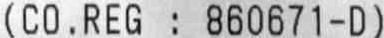
(CO.REG : 860671-D)